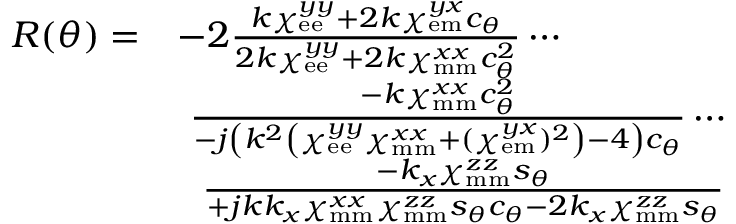
\begin{array} { r l } { R ( \theta ) = } & { - 2 \frac { k \chi _ { \mathrm { e e } } ^ { y y } + 2 k \chi _ { \mathrm { e m } } ^ { y x } c _ { \theta } } { 2 k \chi _ { \mathrm { e e } } ^ { y y } + 2 k \chi _ { \mathrm { m m } } ^ { x x } c _ { \theta } ^ { 2 } } \cdots } \\ & { \ \frac { - k \chi _ { \mathrm { m m } } ^ { x x } c _ { \theta } ^ { 2 } } { - j \left( k ^ { 2 } \left( \chi _ { \mathrm { e e } } ^ { y y } \chi _ { \mathrm { m m } } ^ { x x } + ( \chi _ { \mathrm { e m } } ^ { y x } ) ^ { 2 } \right) - 4 \right) c _ { \theta } } \cdots } \\ & { \ \ \frac { - k _ { x } \chi _ { \mathrm { m m } } ^ { z z } s _ { \theta } } { + j k k _ { x } \chi _ { \mathrm { m m } } ^ { x x } \chi _ { \mathrm { m m } } ^ { z z } s _ { \theta } c _ { \theta } - 2 k _ { x } \chi _ { \mathrm { m m } } ^ { z z } s _ { \theta } } } \end{array}